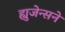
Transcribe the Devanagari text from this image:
ह्युजेन्सने